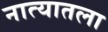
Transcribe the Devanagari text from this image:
नात्यातला